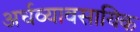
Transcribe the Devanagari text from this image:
अर्धव्यावसायिक